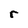
Character: r